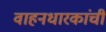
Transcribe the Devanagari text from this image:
वाहनधारकांची